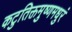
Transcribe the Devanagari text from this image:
कटुतिक्तमुष्णमधुरं